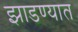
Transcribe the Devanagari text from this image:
झाडण्यात